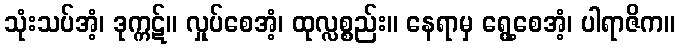
သုံးသပ်အံ့၊ ဒုက္ကဋ်။ လှုပ်စေအံ့၊ ထုလ္လစ္စည်း။ နေရာမှ ရွေ့စေအံ့၊ ပါရာဇိက။